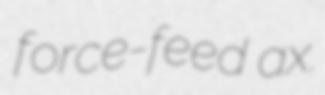
force-feed ax.